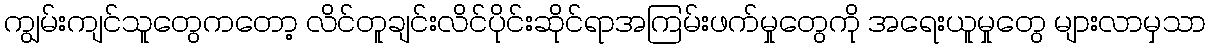
ကျွမ်းကျင်သူတွေကတော့ လိင်တူချင်းလိင်ပိုင်းဆိုင်ရာအကြမ်းဖက်မှုတွေကို အရေးယူမှုတွေ များလာမှသာ